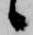
候